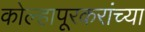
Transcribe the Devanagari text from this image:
कोल्हापूरकरांच्या